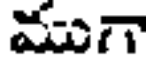
ముగా